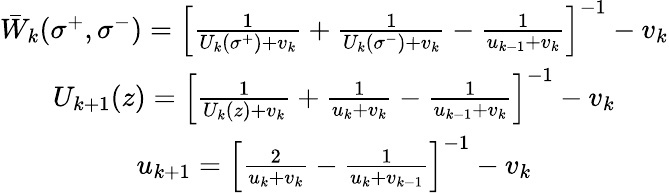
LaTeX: \begin{array}{c}{{\bar{W}_{k}(\sigma^{+},\sigma^{-})=\left[\frac 1{U_{k}(\sigma^{+})+v_{k}}+\frac 1{U_{k}(\sigma^{-})+v_{k}}-\frac 1{u_{k-1}+v_{k}}\right]^{-1}-v_{k}}}\\ {{U_{k+1}(z)=\left[\frac 1{U_{k}(z)+v_{k}}+\frac 1{u_{k}+v_{k}}-\frac 1{u_{k-1}+v_{k}}\right]^{-1}-v_{k}}}\\ {{u_{k+1}=\left[\frac 2{u_{k}+v_{k}}-\frac 1{u_{k}+v_{k-1}}\right]^{-1}-v_{k}}}\end{array}